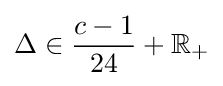
\Delta \in {\frac {c-1}{24}}+\mathbb {R} _{+}